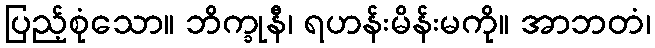
ပြည့်စုံသော။ ဘိက္ခုနီ၊ ရဟန်းမိန်းမကို။ အာဘတံ၊